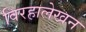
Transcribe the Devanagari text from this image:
विरहालेखन